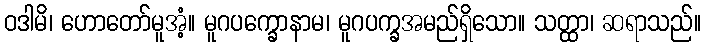
ဝဒါမိ၊ ဟောတော်မူအံ့။ မူဂပက္ခောနာမ၊ မူဂပက္ခအမည်ရှိသော။ သတ္ထာ၊ ဆရာသည်။